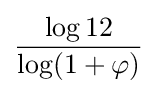
{\frac {\log 12}{\log(1+\varphi )}}